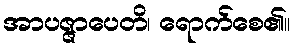
အာပဇ္ဇာပေတိ၊ ရောက်စေ၏။